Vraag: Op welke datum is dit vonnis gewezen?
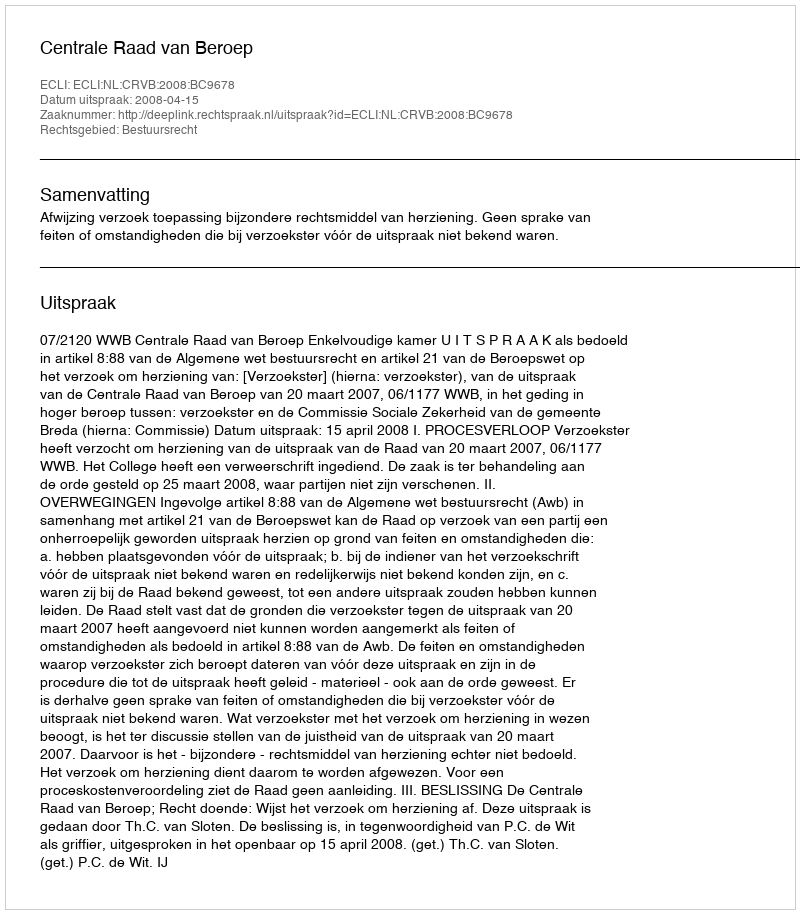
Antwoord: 2008-04-15